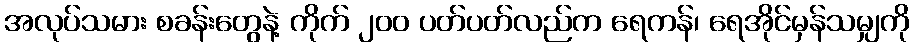
အလုပ်သမား စခန်းတွေနဲ့ ကိုက် ၂၀၀ ပတ်ပတ်လည်က ရေကန်၊ ရေအိုင်မှန်သမျှကို